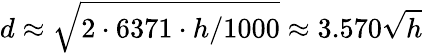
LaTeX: d\approx{\sqrt{2\cdot 6371\cdot{h/1000}}}\approx 3.570{\sqrt{h}}